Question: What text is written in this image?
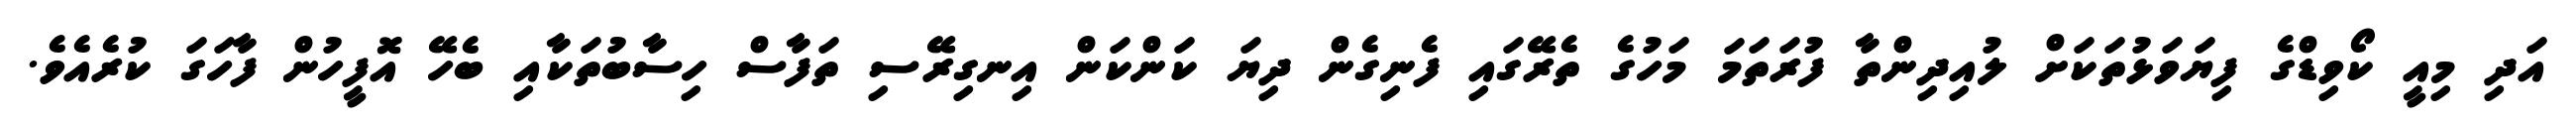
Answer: އަދި މިއީ ކޯވިޑްގެ ފިޔަވަޅުތަކަށް ލުއިދިންތާ ފުރަތަމަ މަހުގެ ތެރޭގައި ފެނިގެން ދިޔަ ކަންކަން އިނގިރޭސި ތަފާސް ހިސާބުތަކާއި ބެހޭ އޮފީހުން ފާހަގަ ކުރެއެވެ.